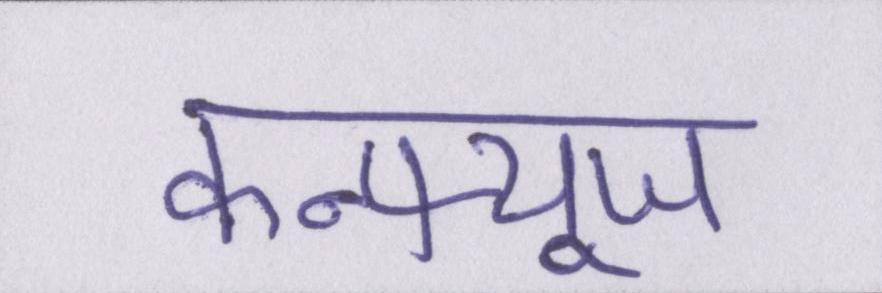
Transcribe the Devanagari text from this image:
कन्फ्यूज